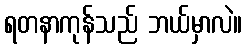
ရတနာကုန်သည် ဘယ်မှာလဲ။